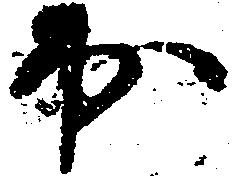
於